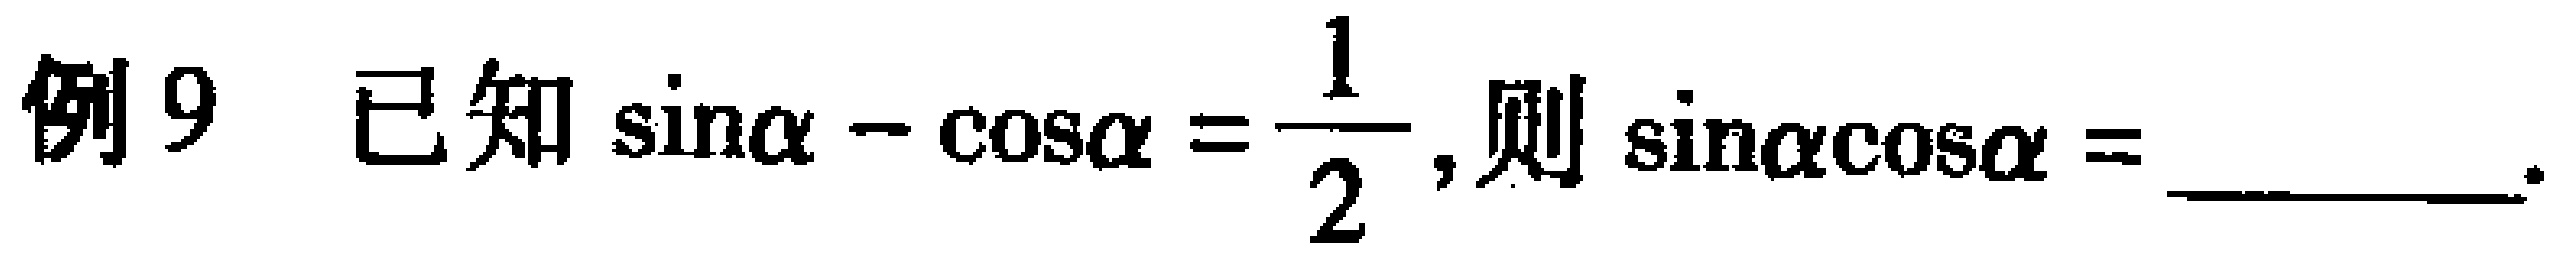
例9 已知$\sin\alpha - \cos\alpha =\dfrac{1}{2}$,则$\sin\alpha\cos\alpha =$ .